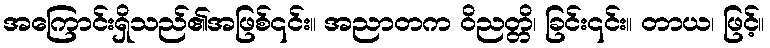
အကြောင်းရှိသည်၏အဖြစ်၎င်း။ အညာတက ဝိညတ္တိ၊ ခြင်း၎င်း။ တာယ၊ ဖြင့်။